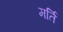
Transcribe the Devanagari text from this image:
मर्ति